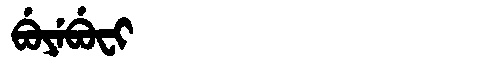
Manchu: ᠪᡠᠶᡝᠪᡠᠸᡳ
Romanization: BUYEBUFI